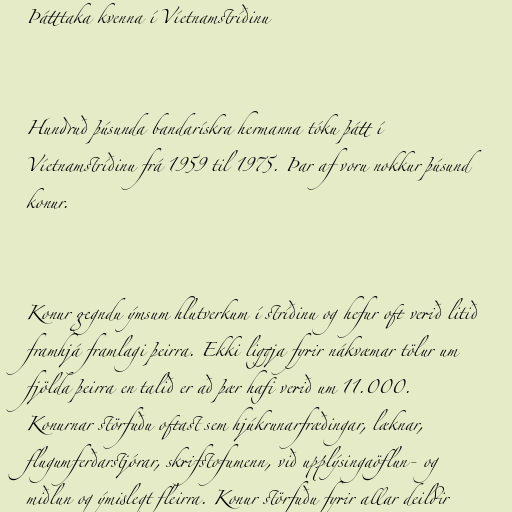
Þátttaka kvenna í Víetnamstríðinu

Hundruð þúsunda bandarískra hermanna tóku þátt í
Víetnamstríðinu frá 1959 til 1975. Þar af voru nokkur þúsund
konur.

Konur gegndu ýmsum hlutverkum í stríðinu og hefur oft verið litið
framhjá framlagi þeirra. Ekki liggja fyrir nákvæmar tölur um
fjölda þeirra en talið er að þær hafi verið um 11.000.
Konurnar störfuðu oftast sem hjúkrunarfræðingar, læknar,
flugumferðarstjórar, skrifstofumenn, við upplýsingaöflun- og
miðlun og ýmislegt fleirra. Konur störfuðu fyrir allar deildir